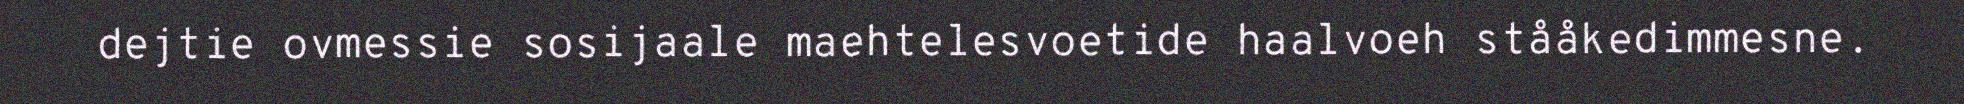
dejtie ovmessie sosijaale maehtelesvoetide haalvoeh stååkedimmesne.